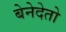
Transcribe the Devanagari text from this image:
बेनेदेतो